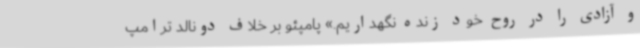
و آزادی را در روح خود زنده‌ نگهداریم.» پامپئو بر خلاف دونالد ترامپ